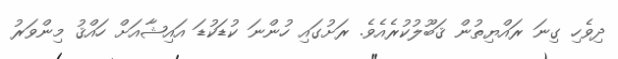
ދިވެހި ގިނަ ރައްޔިތުން ޤަބޫލުކުރެއެވެ. ރަށުގައި ހުންނަ ކުޑަކުޑަ އައިޝާއަށް ހައްޤު މިންވަރު